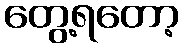
တွေ့ရတော့